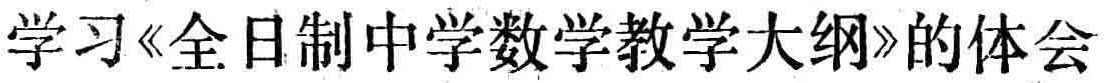
学习《全日制中学数学教学大纲》的体会